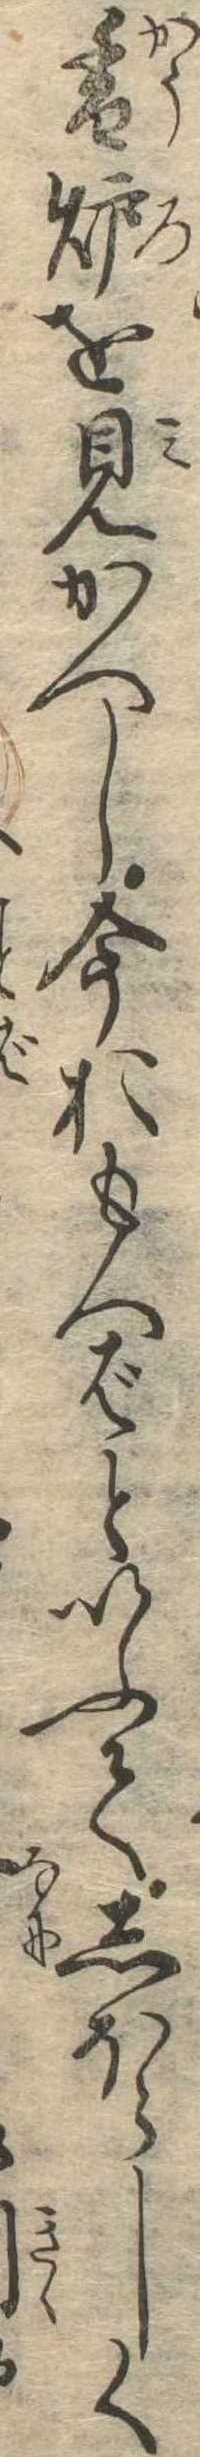
香炉を見かへし今おもへばといふてしほらしく